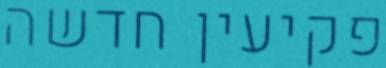
פקיעין חדשה